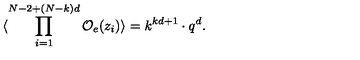
\langle \prod _ { i = 1 } ^ { N - 2 + ( N - k ) d } { \cal O } _ { e } ( z _ { i } ) \rangle = k ^ { k d + 1 } \cdot q ^ { d } .